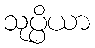
သုပ္ပိယာ